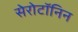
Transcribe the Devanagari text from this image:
सेरोटॉनिन